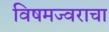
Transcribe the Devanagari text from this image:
विषमज्वराचा